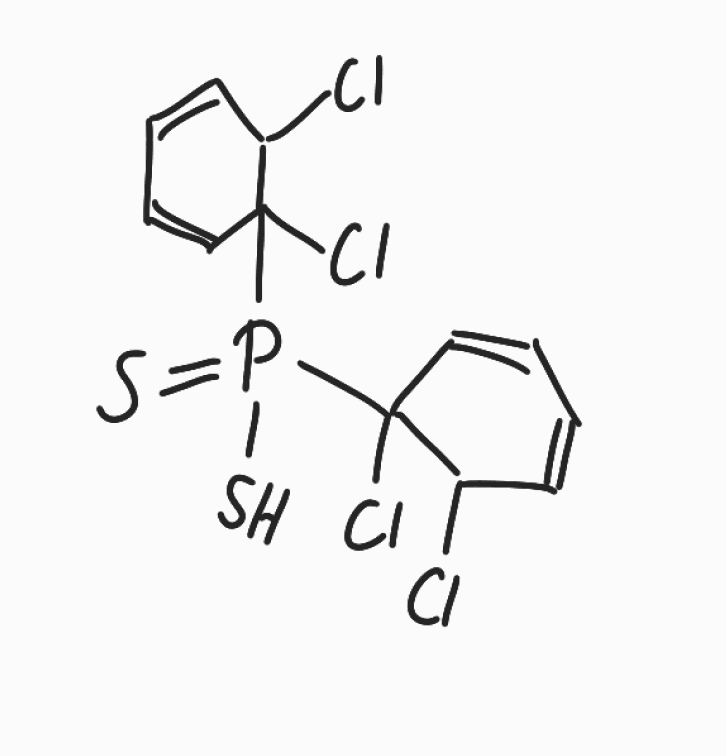
Simplified molecular-input line-entry system (SMILES) notation of the given molecule:
C1=CC(C(C=C1)(P(=S)(C2(C=CC=CC2Cl)Cl)S)Cl)Cl